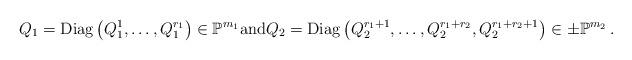
LaTeX: \begin{align*}Q_1={\rm Diag}\left(Q^{1}_1,\dots,Q^{r_1}_{1}\right)\in{\mathbb P}^{m_1} {\rm and} Q_2={\rm Diag}\left(Q_{2}^{r_{1}+1},\dots,Q_{2}^{r_{1}+r_{2}},Q^{r_1+r_2+1}_{2}\right)\in\pm{\mathbb P}^{m_2}\,.\end{align*}